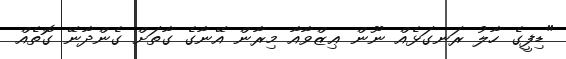
"ޑިފީގެ ހާލު ރަނގަޅެއް ނޫން ޢިޒްވާއާ މިރާން އޭނާގެ ގާތަށް ގެންދާނޭ ގޮތެއް